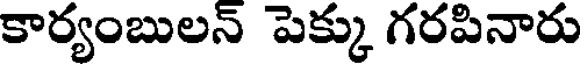
కార్యంబులన్ పెక్కు గరపినారు